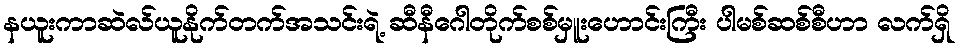
နယူးကာဆဲလ်ယူနိုက်တက်အသင်းရဲ့ ဆီနီဂေါတိုက်စစ်မှူးဟောင်းကြီး ပါမစ်ဆစ်စီဟာ လက်ရှိ